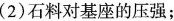
(2)石料对基座的压强；